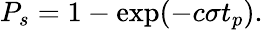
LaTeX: P_{s}=1-\exp(-c\sigma t_{p}).